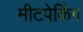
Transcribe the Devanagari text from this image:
मीटपेकिंग